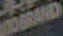
TOBRAND